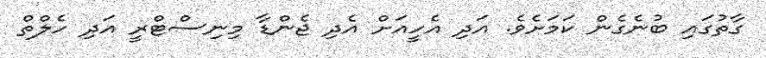
ގާތުގައި ބުނެގެން ކަމަށެވެ. އަދި އެހީއަށް އެދި ޖެންޑާ މިނިސްޓްރީ އަދި ހެލްތް